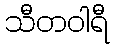
သီတဝါရီ